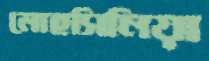
মোহসিনিয়া